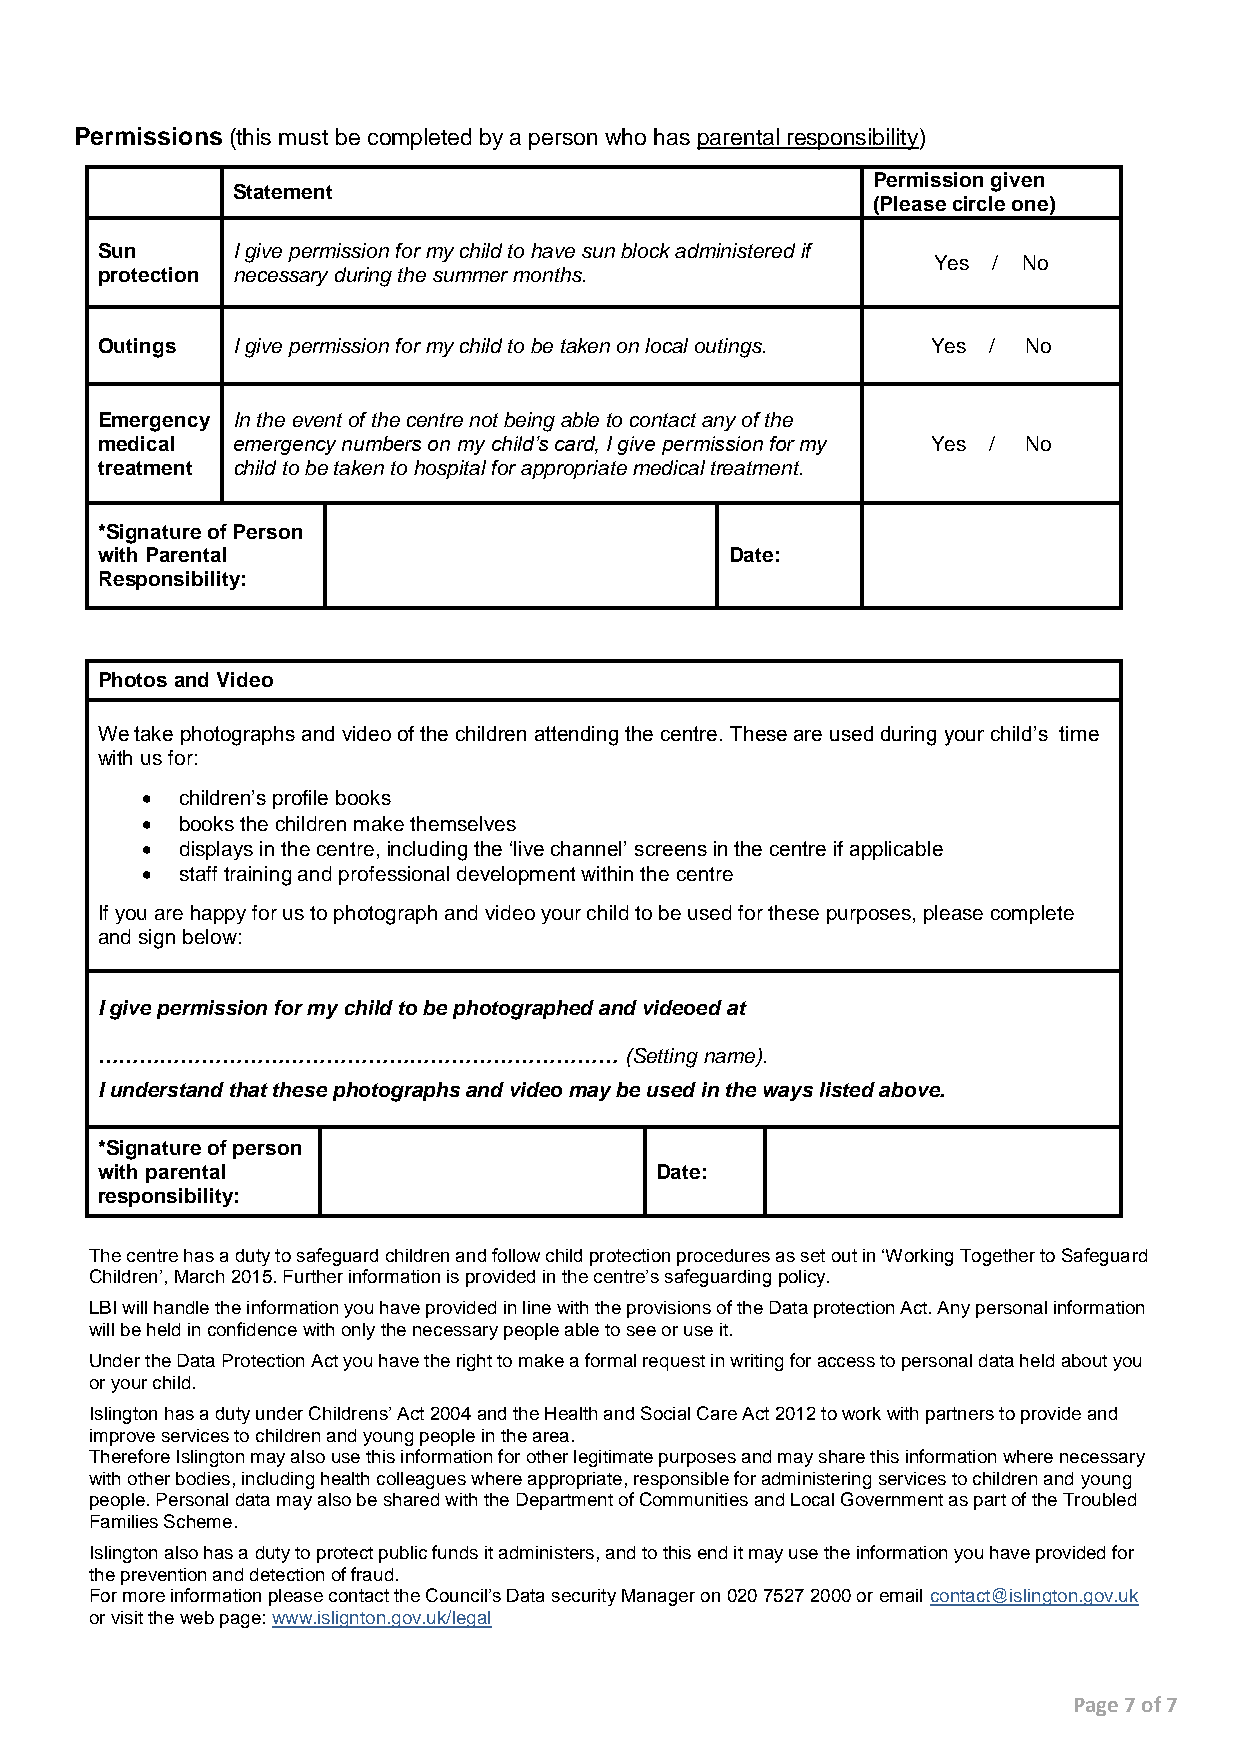
Permissions (this must be completed by a person who has parental responsibility)
 Permission given
 Statement
 (Please circle one)
 Sun      I give permission for my child to have sun block administered if
 Yes / No
 protection necessary during the summer months.
 Outings  I give permission for my child to be taken on local outings. Yes / No
 Emergency In the event of the centre not being able to contact any of the
 medical  emergency numbers on my child’s card, I give permission for my Yes / No
 treatment child to be taken to hospital for appropriate medical treatment.
 *Signature of Person
 with Parental                             Date:
 Responsibility:
 Photos and Video
 We take photographs and video of the children attending the centre. These are used during your child’s time
 with us for:
   children’s profile books
   books the children make themselves
   displays in the centre, including the ‘live channel’ screens in the centre if applicable
   staff training and professional development within the centre
 If you are happy for us to photograph and video your child to be used for these purposes, please complete
 and sign below:
 I give permission for my child to be photographed and videoed at
 …………………………………………………………………          (Setting name).
 I understand that these photographs and video may be used in the ways listed above.
 *Signature of person
 with parental                        Date:
 responsibility:
 The centre has a duty to safeguard children and follow child protection procedures as set out in ‘Working Together to Safeguard
 Children’, March 2015. Further information is provided in the centre’s safeguarding policy.
 LBI will handle the information you have provided in line with the provisions of the Data protection Act. Any personal information
 will be held in confidence with only the necessary people able to see or use it.
 Under the Data Protection Act you have the right to make a formal request in writing for access to personal data held about you
 or your child.
 Islington has a duty under Childrens’ Act 2004 and the Health and Social Care Act 2012 to work with partners to provide and
 improve services to children and young people in the area.
 Therefore Islington may also use this information for other legitimate purposes and may share this information where necessary
 with other bodies, including health colleagues where appropriate, responsible for administering services to children and young
 people. Personal data may also be shared with the Department of Communities and Local Government as part of the Troubled
 Families Scheme.
 Islington also has a duty to protect public funds it administers, and to this end it may use the information you have provided for
 the prevention and detection of fraud.
 For more information please contact the Council’s Data security Manager on 020 7527 2000 or email contact@islington.gov.uk
 or visit the web page: www.islignton.gov.uk/legal
 Page 7 of 7